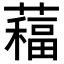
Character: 𦿁